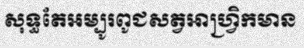
សុទ្ធតែអម្បូរពូជសត្វអាហ្វ្រិកមាន